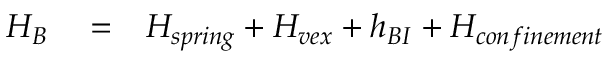
\begin{array} { r l r } { H _ { B } } & { { } = } & { H _ { s p r i n g } + H _ { v e x } + h _ { B I } + H _ { c o n f i n e m e n t } } \end{array}